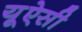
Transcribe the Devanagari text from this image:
यूऐसी